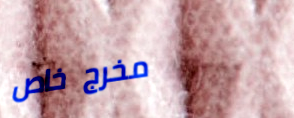
مخرج خاص